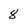
Character: 8